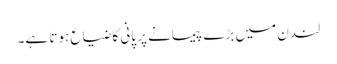
لندن میں بڑے پیمانے پر پانی کا ضیاع ہوتا ہے۔